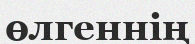
өлгеннің